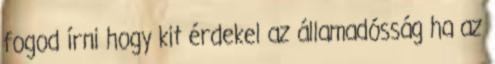
fogod írni hogy kit érdekel az államadósság ha az